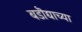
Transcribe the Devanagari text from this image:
बडॊद्याच्या